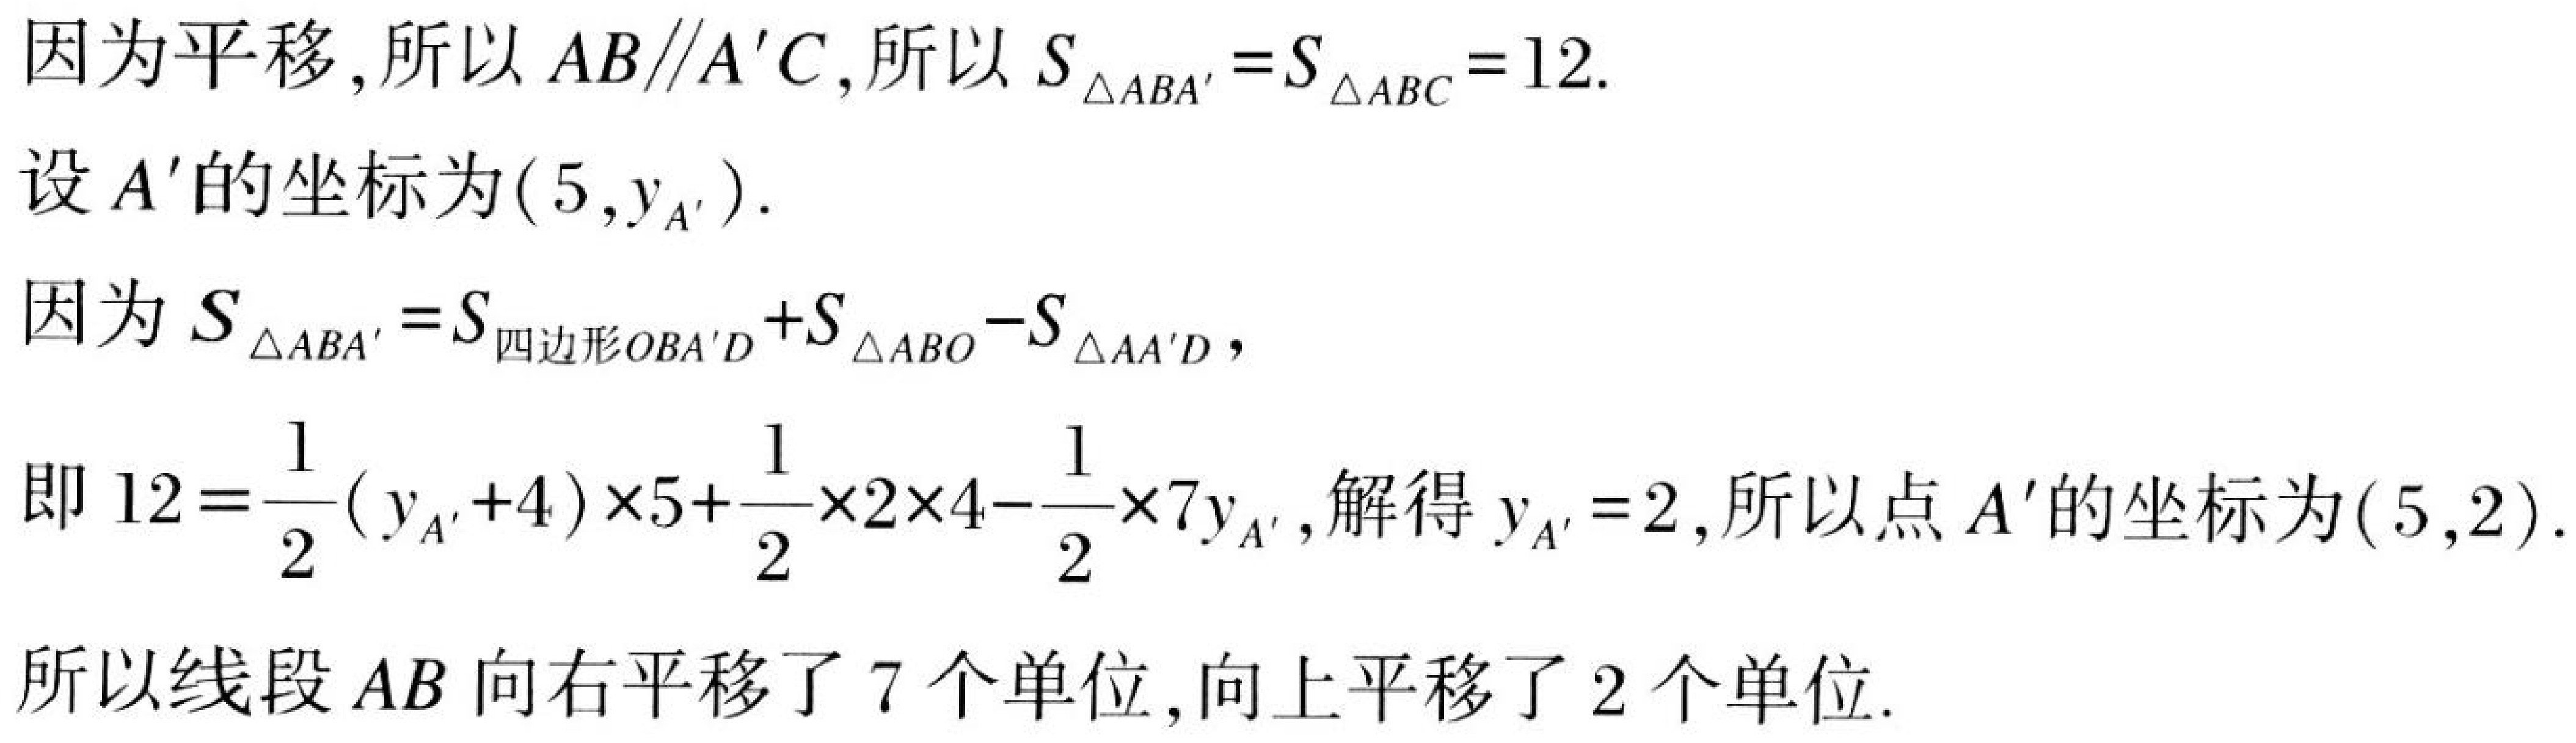
因为平移,所以 \(AB\parallel A'C\),所以 \(S_{\triangle ABA'}=S_{\triangle ABC}=12\).
设 \(A'\) 的坐标为 \((5,y_{A'})\).
因为 \(S_{\triangle ABA'}=S_{四边形OBA'D}+S_{\triangle ABO}-S_{\triangle AA'D}\),
即 \(12 = \frac{1}{2}(y_{A'}+4)\times5+\frac{1}{2}\times2\times4-\frac{1}{2}\times7y_{A'}\),解得 \(y_{A'}=2\),所以点 \(A'\) 的坐标为 \((5,2)\).
所以线段 \(AB\) 向右平移了 \(7\) 个单位,向上平移了 \(2\) 个单位.